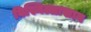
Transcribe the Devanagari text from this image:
बिस्मिल्लाखान